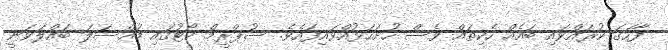
ފާހަގަ ކުރައްވައި ބައެއް ހެކިތައް ވެސް ހުށަހަޅުއްވައިފައެވެ. ސުޕްރީމް ކޯޓުގައި މައްސަލަ ބައްލަވަނީ